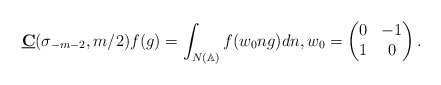
\begin{align*}\underline{\mathbf{C}}(\sigma_{-m-2},m/2)f(g)=\int_{N(\mathbb{A})}f(w_0ng)dn,w_0 = \begin{pmatrix} 0 & -1 \\ 1 & 0\end{pmatrix}.\end{align*}